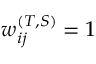
w _ { i j } ^ { ( T , S ) } = 1